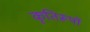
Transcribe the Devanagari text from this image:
कृतिरूपों